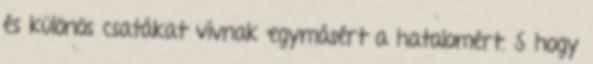
és különös csatákat vívnak egymásért a hatalomért. S hogy